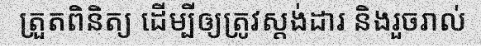
ត្រួតពិនិត្យ ដើម្បីឲ្យត្រូវស្តង់ដារ និងរួចរាល់